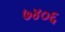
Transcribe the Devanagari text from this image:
७४०६